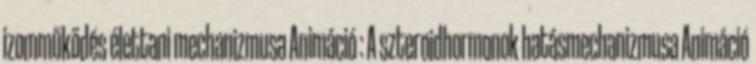
izomműködés élettani mechanizmusa Animáció : A szteroidhormonok hatásmechanizmusa Animáció